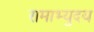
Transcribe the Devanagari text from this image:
रामाभ्युदय